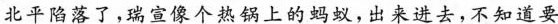
北平陷落了，瑞宣像个热锅上的蚂蚁，出来进去，不知道要